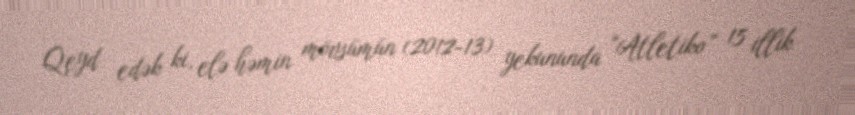
Qeyd edək ki, elə həmin mövsümün (2012-13) yekununda “Atletiko” 15 illik